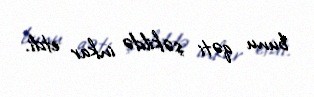
bunu qəti şəkildə inkar etdi.